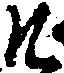
そ